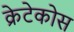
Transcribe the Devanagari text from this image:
क्रेटेकोस